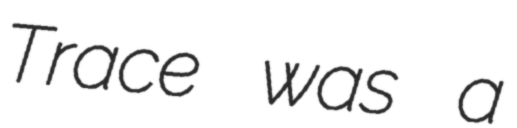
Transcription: Trace was a